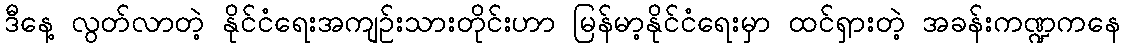
ဒီနေ့ လွတ်လာတဲ့ နိုင်ငံရေးအကျဉ်းသားတိုင်းဟာ မြန်မာ့နိုင်ငံရေးမှာ ထင်ရှားတဲ့ အခန်းကဏ္ဍကနေ